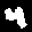
Label: 4